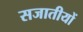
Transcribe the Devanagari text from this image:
सजातीयों